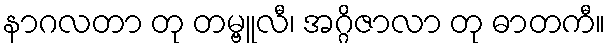
နာဂလတာ တု တမ္ဗူလီ၊ အဂ္ဂိဇာလာ တု ဓာတကီ။